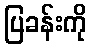
ပြခန်းကို